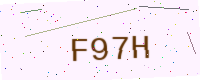
Text: F97H